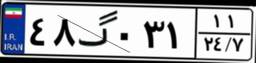
۲۸گ۳۷۷۳۵